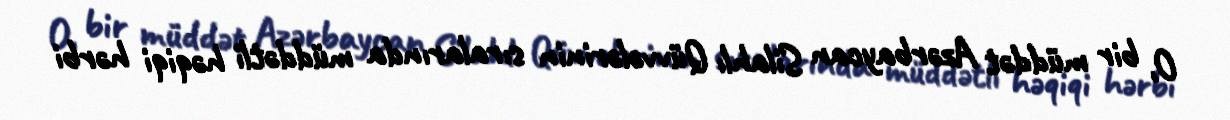
O, bir müddət Azərbaycan Silahlı Qüvvələrinin sıralarında müddətli həqiqi hərbi